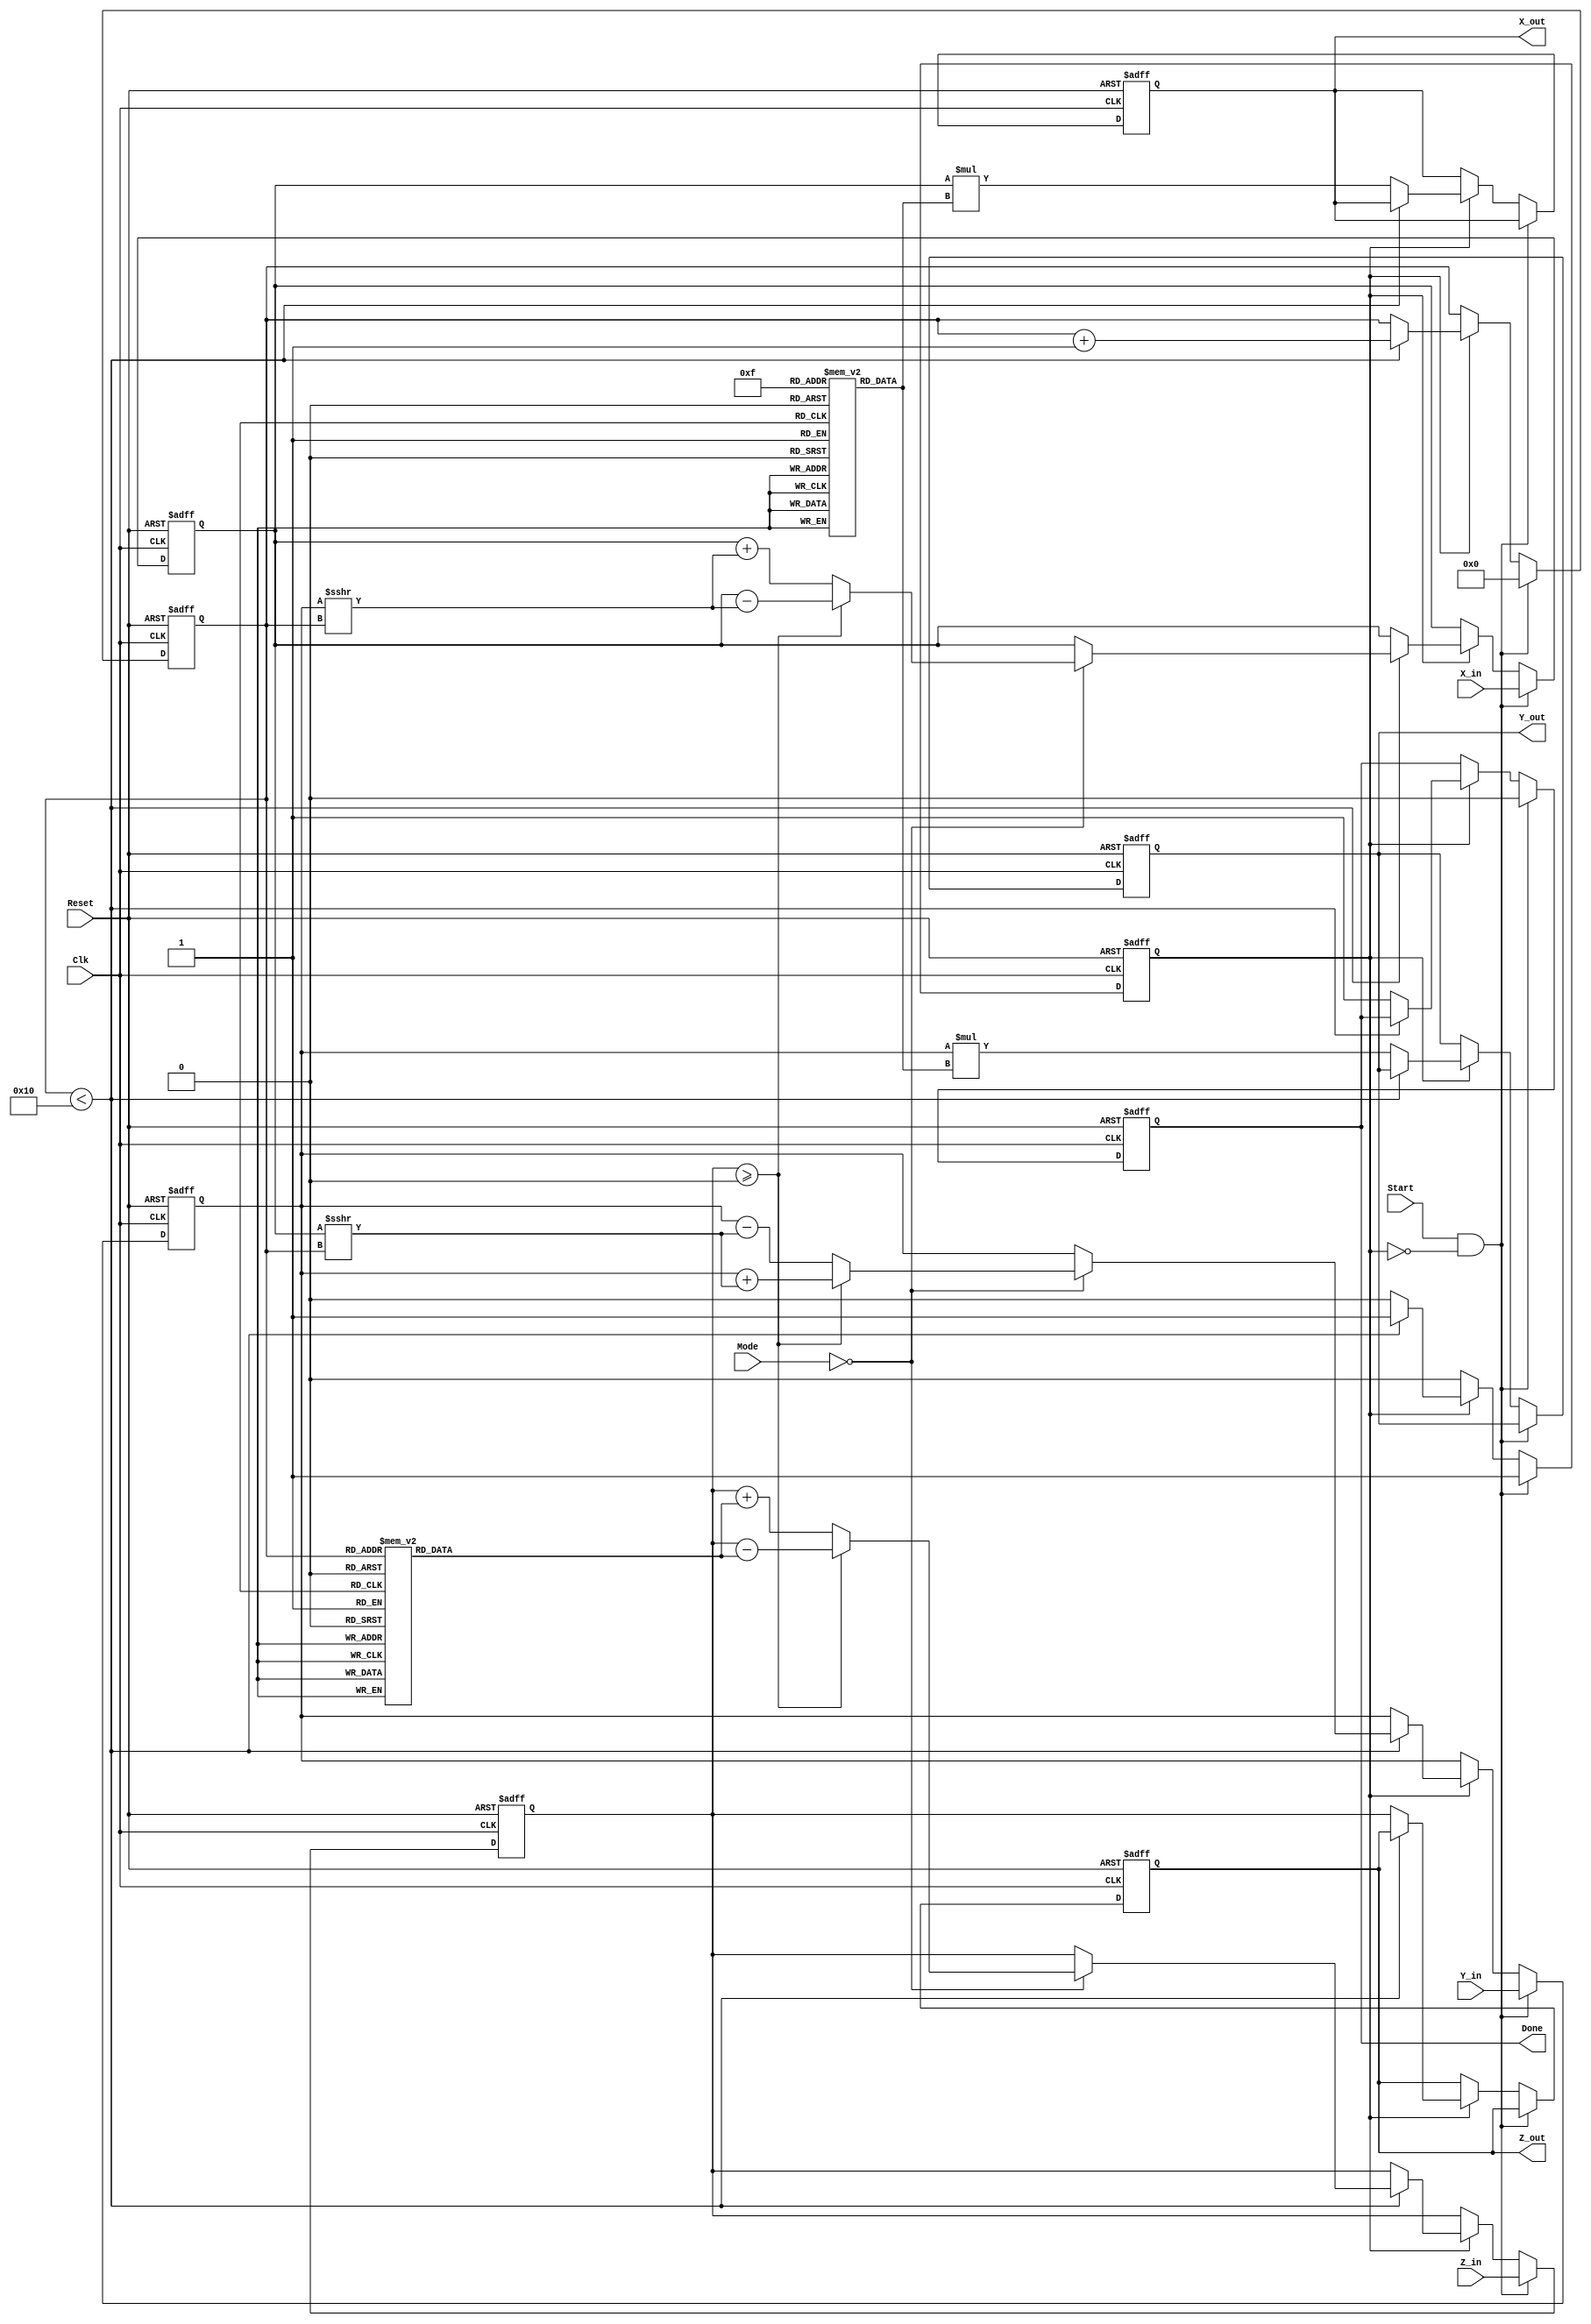
module cordic(
    input wire [15:0] X_in, // Input x-coordinate
    input wire [15:0] Y_in, // Input y-coordinate
    input wire [15:0] Z_in, // Input angle or rotation
    input wire [1:0] Mode,  // Mode of operation
    input wire Start,        // Start signal
    input wire Clk,         // Clock signal
    input wire Reset,       // Asynchronous reset
    output reg [15:0] X_out, // Output x-coordinate
    output reg [15:0] Y_out, // Output y-coordinate
    output reg [15:0] Z_out, // Output angle or result
    output reg Done         // Completion signal
);

    // Parameters
    parameter NUM_ITERATIONS = 16;

    // Pre-computed LUTs for rotation angles and scaling factors
    reg [15:0] angle_lut [0:NUM_ITERATIONS-1]; // Lookup table for angles
    reg [15:0] scale_lut [0:NUM_ITERATIONS-1]; // Lookup table for scaling factors

    // Register to hold intermediate values
    reg [15:0] x_reg, y_reg, z_reg;
    reg [3:0] iteration;
    reg computing;

    // Initialize the lookup tables (can be done in a separate initial block)
    initial begin
        angle_lut[0] = 16'h0000;  // arctan(1/1) * 2^16
        angle_lut[1] = 16'h1C71;  // arctan(1/2) * 2^16
        angle_lut[2] = 16'h2E75;  // arctan(1/4) * 2^16
        angle_lut[3] = 16'h38E3;  // arctan(1/8) * 2^16
        angle_lut[4] = 16'h3C9A;  // arctan(1/16) * 2^16
        // Additional angles as needed...

        // Scaling factors (assuming a hypothetical scale for simplicity)
        scale_lut[0] = 16'h26DD;  // Scale factor 1
        scale_lut[1] = 16'h1D3B;  // Scale factor for iteration 1
        scale_lut[2] = 16'h186A;  // Scale factor for iteration 2
        // Additional scaling values...

        // Initialize computation state
        Done = 0;
    end

    // State machine implementation
    always @(posedge Clk or posedge Reset) begin
        if (Reset) begin
            //Reset the registers
            X_out <= 0;
            Y_out <= 0;
            Z_out <= 0;
            x_reg <= 0;
            y_reg <= 0;
            z_reg <= 0;
            iteration <= 0;
            Done <= 0;
            computing <= 0;
        end else if (Start && !computing) begin
            // Initialize inputs
            x_reg <= X_in;
            y_reg <= Y_in;
            z_reg <= Z_in;
            iteration <= 0;
            computing <= 1;
            Done <= 0;
        end else if (computing) begin
            if (iteration < NUM_ITERATIONS) begin
                // Perform CORDIC iteration based on the mode
                case (Mode)
                    2'b00: begin // Mode 0: Rotation
                        if (z_reg >= 0) begin
                            x_reg <= x_reg - (y_reg >>> iteration);
                            y_reg <= y_reg + (x_reg >>> iteration);
                            z_reg <= z_reg - angle_lut[iteration];
                        end else begin
                            x_reg <= x_reg + (y_reg >>> iteration);
                            y_reg <= y_reg - (x_reg >>> iteration);
                            z_reg <= z_reg + angle_lut[iteration];
                        end
                    end
                    2'b01: begin // Mode 1: Vectoring
                        // Implement vectoring logic here if needed
                        // Generally involves setting angles to zero by manipulations
                    end
                    2'b10: begin // Mode 2: Hyperbolic
                        // Implement hyperbolic functions if needed
                    end
                    default: begin
                        // Undefined mode
                    end
                endcase

                // Increment the iteration counter
                iteration <= iteration + 1;
            end else begin
                // Finish computation
                X_out <= x_reg * scale_lut[NUM_ITERATIONS-1]; // Apply final scaling
                Y_out <= y_reg * scale_lut[NUM_ITERATIONS-1];
                Z_out <= z_reg;
                Done <= 1;
                computing <= 0;
            end
        end
    end
endmodule